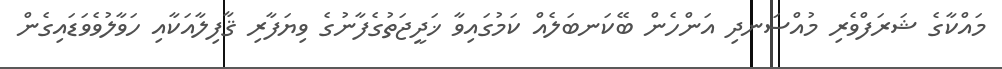
މައްކާގެ ޝަރަފްވެރި މުއްސަނދި އަންހެން ބޭކަނބަލެއް ކަމުގައިވާ ޚަދީޖަތުގެފާނުގެ ވިޔަފާރި ޤާފިލާއަކާއި ހަވާލުވެވަޑައިގެން